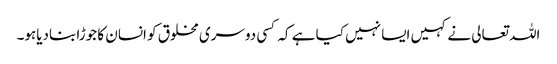
اللہ تعالی نے کہیں ایسا نہیں کیا ہے کہ کسی دوسری مخلوق کو انسان کا جوڑا بنادیاہو۔